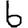
Digit: 6